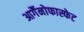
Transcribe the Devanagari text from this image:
आर्गैनोफास्फेट